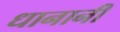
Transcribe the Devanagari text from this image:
धानानी